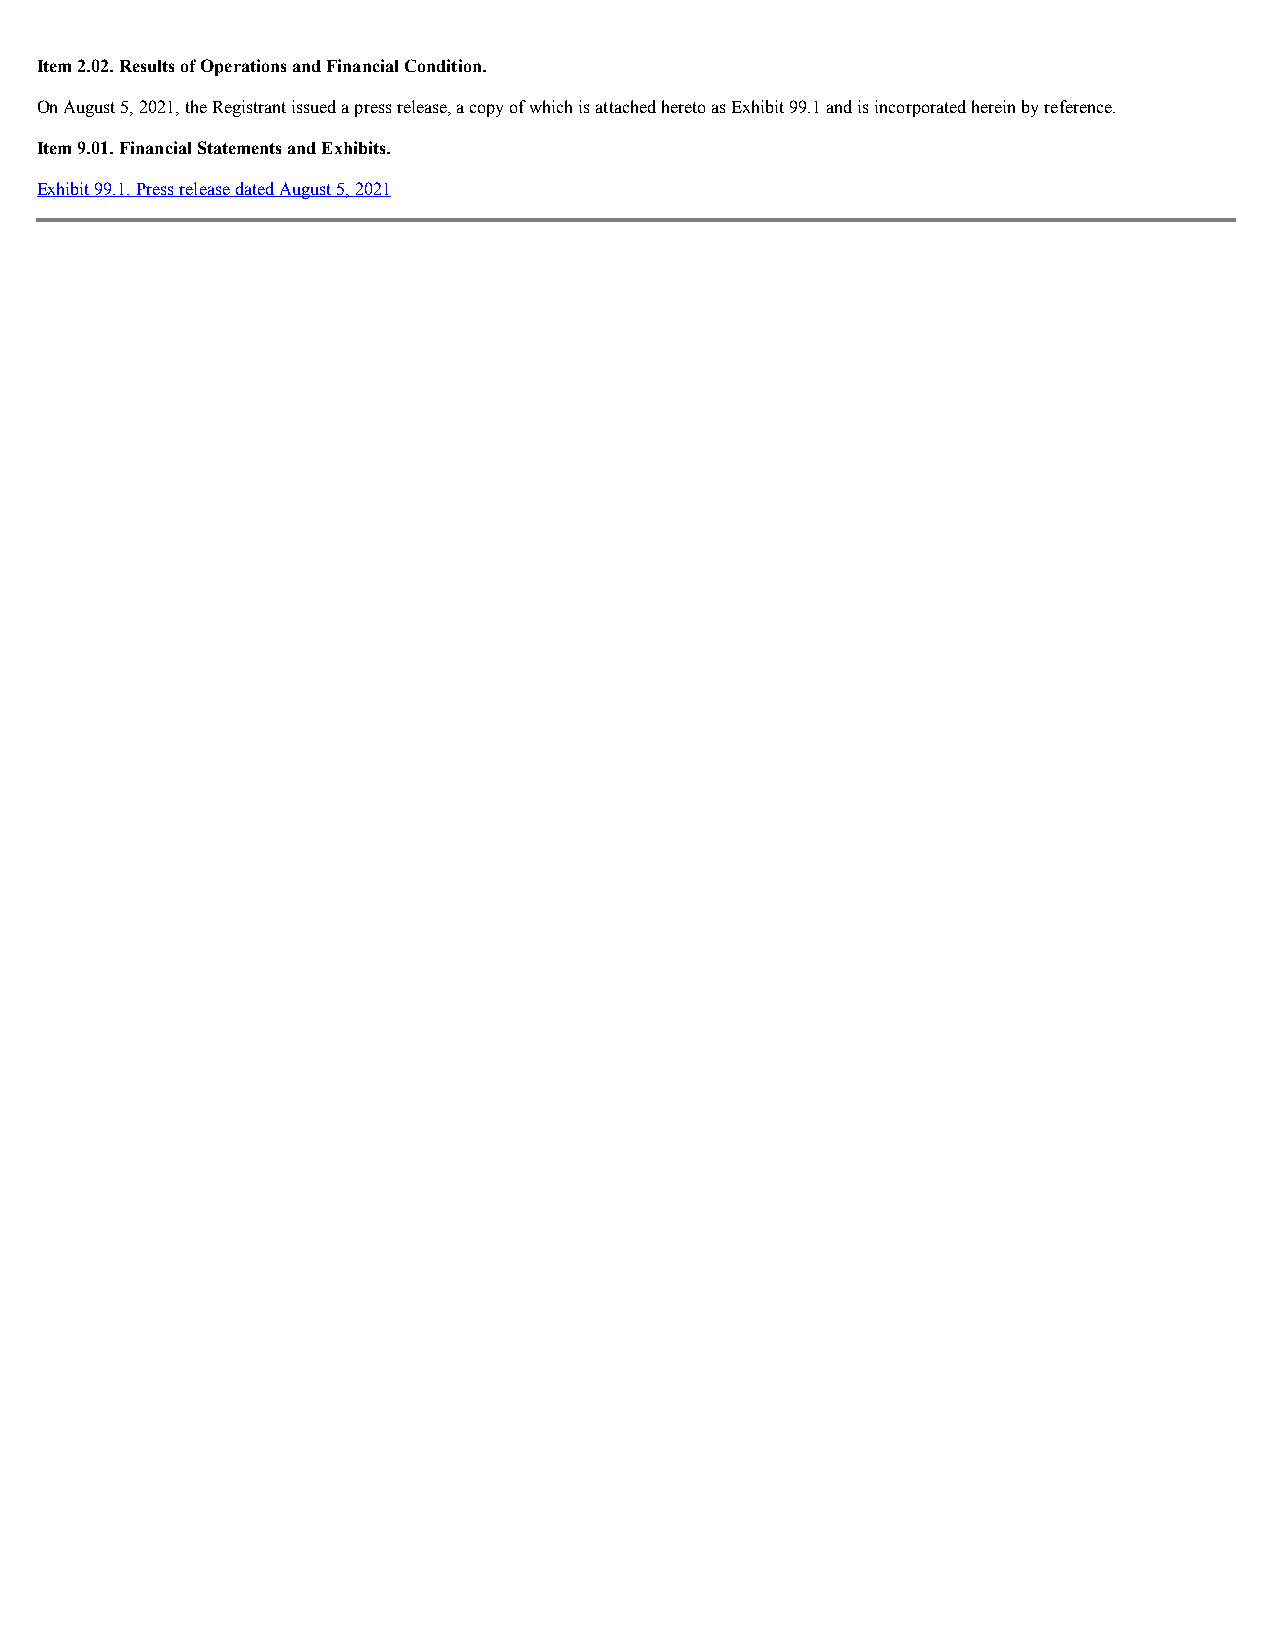
Item 2.02. Results of Operations and Financial Condition.
 On August 5, 2021, the Registrant issued a press release, a copy of which is attached hereto as Exhibit 99.1 and is incorporated herein by reference.
 Item 9.01. Financial Statements and Exhibits.
 Exhibit 99.1. Press release dated August 5, 2021